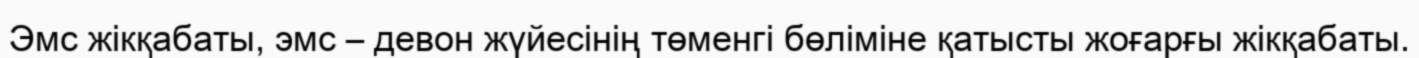
Эмс жікқабаты, эмс – девон жүйесінің төменгі бөліміне қатысты жоғарғы жікқабаты.